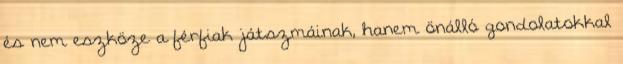
és nem eszköze a férfiak játszmáinak, hanem önálló gondolatokkal